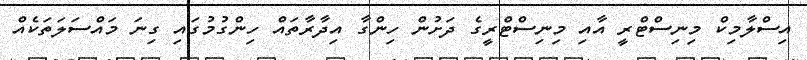
އިސްލާމިކް މިނިސްޓްރީ އާއި މިނިސްޓްރީގެ ދަށުން ހިންގާ އިދާރާތައް ހިންގުމުގައި ގިނަ މައްސަލަތަކެއް